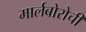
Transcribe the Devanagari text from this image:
मार्लबोरोची